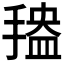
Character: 𱠡